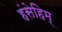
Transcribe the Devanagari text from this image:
हंसेहिम्‌